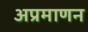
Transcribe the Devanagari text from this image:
अप्रमाणन